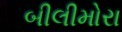
બીલીમોરા